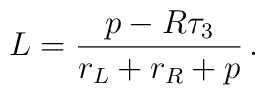
L = { p - R\tau_3 \over r_L +r_R + p}  \, .